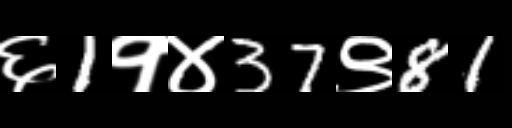
Text: ६1१४37९81